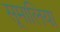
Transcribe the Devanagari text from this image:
सूमालिया